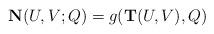
LaTeX: \begin{align*}{\bf N}(U,V;Q) = g({\bf T}(U,V),Q) \end{align*}